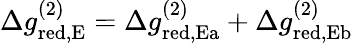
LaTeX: \begin{array}{r}{\Delta g_{\mathrm{red,E}}^{(2)}=\Delta g_{\mathrm{red,Ea}}^{(2)}+\Delta g_{\mathrm{red,Eb}}^{(2)}}\end{array}